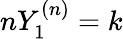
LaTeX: nY_{1}^{(n)}=k